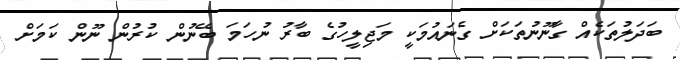
ބަދަލުތަކެއް ގާނޫނުތަކަށް ގެނައުމަކީ މަޖިލީހުގެ ބާރު ނުހަމަ ބޭނުން ކުރުން ނޫން ކަމަށް